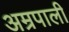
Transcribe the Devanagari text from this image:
अम्रपाली